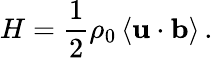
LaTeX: H=\frac{1}{2}\rho_{0}\left\langle{\mathbf u}\cdot{\mathbf b}\right\rangle\, .